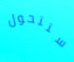
ستتحول